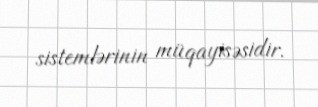
sistemlərinin müqayisəsidir.